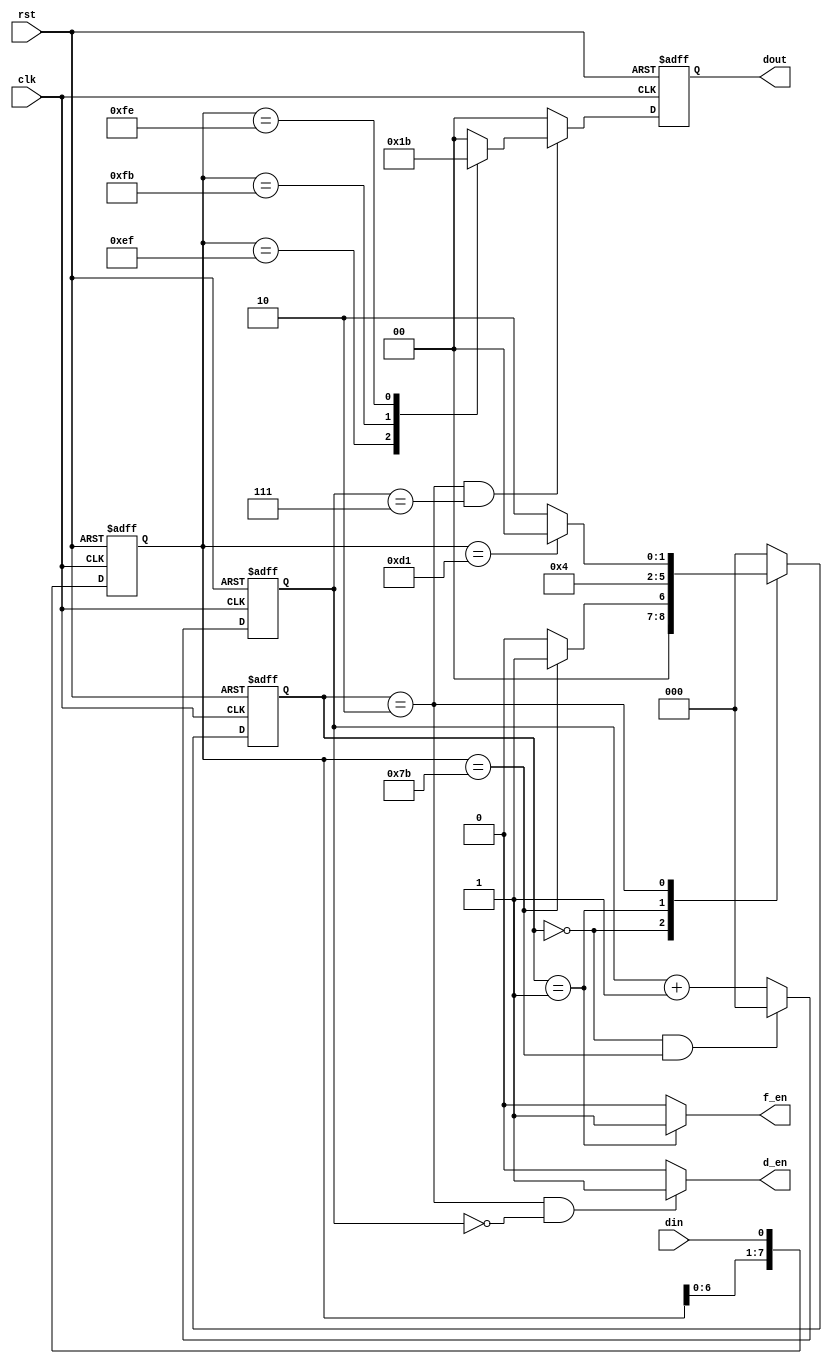
`timescale 1ns/1ps

module ppm(clk, rst, din, dout, d_en, f_en);

input clk, rst;
input din;
output reg [1:0] dout;
output d_en, f_en;

reg [7:0] shiftreg;
wire d_en, f_en;
reg [2:0] count;
reg [2:0] state;

// shift register
always @(posedge clk or negedge rst) begin
	if(!rst)	shiftreg <= 8'h00;
	else	begin
		shiftreg[0] <= din;
		shiftreg[1] <= shiftreg[0];
		shiftreg[2] <= shiftreg[1];
		shiftreg[3] <= shiftreg[2];
		shiftreg[4] <= shiftreg[3];
		shiftreg[5] <= shiftreg[4];
		shiftreg[6] <= shiftreg[5];
		shiftreg[7] <= shiftreg[6];
	end
end

// state machine
always @(posedge clk or negedge rst) begin
	if(!rst) begin
		state <= 3'd0;
	end
	else begin
		// state 0,1,2 shift
		case(state)
		3'd0:// state 0
			if(shiftreg==8'b0111_1011) state <= 3'd1;// SOF, 0 to 1
			else state <= 3'd0;// keep state 0
		3'd1:// state 1
			state <= 3'd2;// 1 to 2
		3'd2:// state 2
			if(shiftreg == 8'b1101_0001) state <= 3'd0;// EOF, 2 to 0
			else state <= 3'd2;// keep state 2
		default: state <= 3'd0;// default, state 0
		endcase
	end
end

// counter
always @(posedge clk or negedge rst) begin
	if(!rst) begin
		count <= 3'd0;
	end
	else begin
		if (state==3'd0 && shiftreg==8'b0111_1011) count <= 3'd0;// state 0 & SOF, count 0
		else count <= count + 3'd1;// counting
	end
end

assign f_en = (state==3'd1) ? 1'b1 : 1'b0;
assign d_en = (state==3'd2 && count==3'd0) ? 1'b1 : 1'b0;

// decoder
always @(posedge clk or negedge rst) begin
	if(!rst) begin
		dout <= 2'b00;
	end
	else if(state==3'd2 && count==3'd7) begin
		case(shiftreg)
		8'b1011_1111: dout <= 2'b00;// decode as 00
		8'b1110_1111: dout <= 2'b01;// decode as 01
		8'b1111_1011: dout <= 2'b10;// decode as 10
		8'b1111_1110: dout <= 2'b11;// decode as 11
		default: dout <= 2'b00;
		endcase
	end
	else dout<=2'b00;
end

endmodule